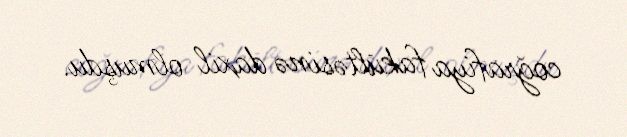
coğrafiya fakültəsinə daxil olmuşdu.